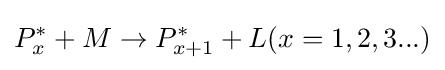
P_{x}^{*}+M\rightarrow P_{x+1}^{*}+L(x=1,2,3...)